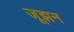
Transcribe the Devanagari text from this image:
जूझन